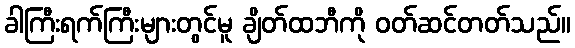
ခါကြီးရက်ကြီးများတွင်မူ ချိတ်ထဘီကို ဝတ်ဆင်တတ်သည်။